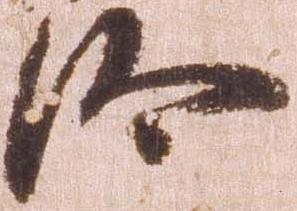
汰